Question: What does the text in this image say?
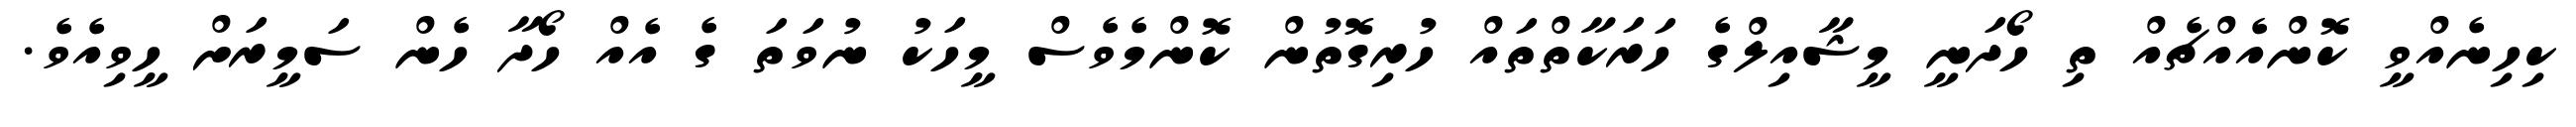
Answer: ކިހިނެއްވީ ކޮންއެއްޗެއް ތި ހޯދަނީ މީޝާއިލްގެ ހަރަކާތްތައް ހުރިގޮތުން ކޮންމެވެސް މީހަކު ނުވަތަ ގެ އެއް ހޯދާ ހެން ސަމީރަށް ހީވިއެވެ.